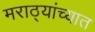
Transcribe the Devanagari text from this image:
मराठ्यांच्यात